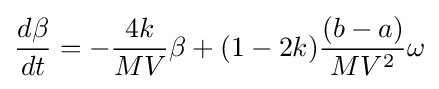
{\frac {d\beta }{dt}}=-{\frac {4k}{MV}}\beta +(1-2k){\frac {(b-a)}{MV^{2}}}\omega